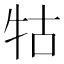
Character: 牯